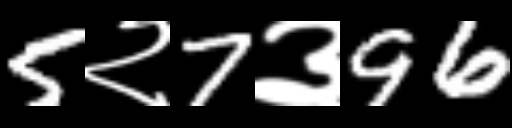
Text: 5२7३96